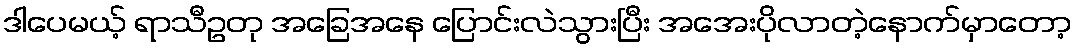
ဒါပေမယ့် ရာသီဥတု အခြေအနေ ပြောင်းလဲသွားပြီး အအေးပိုလာတဲ့နောက်မှာတော့